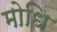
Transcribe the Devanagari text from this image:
मोधि